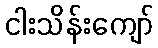
ငါးသိန်းကျော်